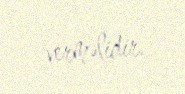
verməlidir.